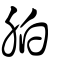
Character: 胉